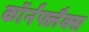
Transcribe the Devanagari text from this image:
कॉर्नफ्लैक्स